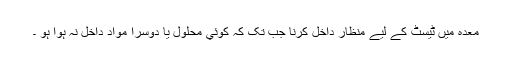
معدہ میں ٹیسٹ کے لیے منظار داخل کرنا جب تک کہ کوئي محلول یا دوسرا مواد داخل نہ ہوا ہو ۔